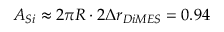
A _ { S i } \approx 2 \pi R \cdot 2 \Delta r _ { D i M E S } = 0 . 9 4